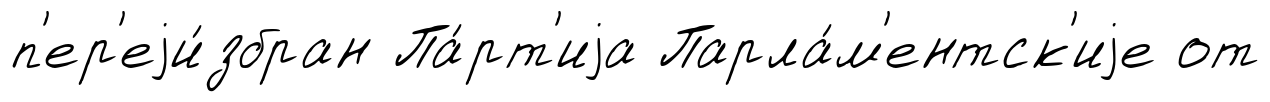
п'ер'еjи́збран Па́рт'иjа Парла́м'ентск'иjе от